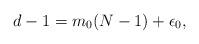
LaTeX: \begin{align*}d - 1 = m_0 (N-1) + \epsilon_0,\end{align*}